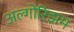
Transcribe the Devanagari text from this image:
अल्गोरिझम